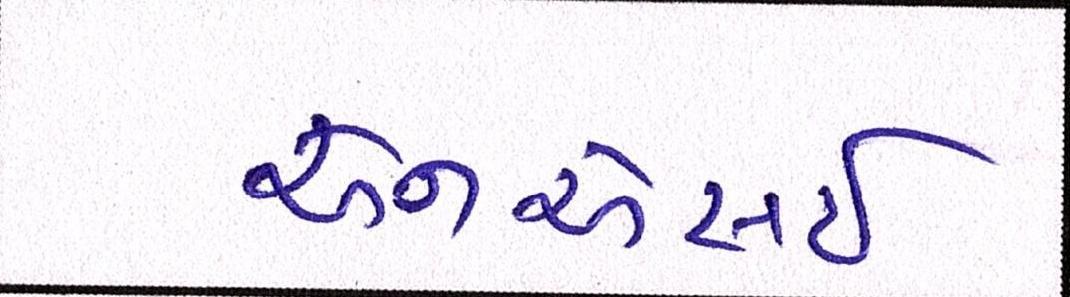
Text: એનએસઇ